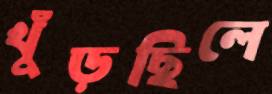
খুঁড়ছিলে